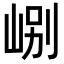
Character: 𡷘